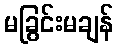
မခြွင်းမချန်